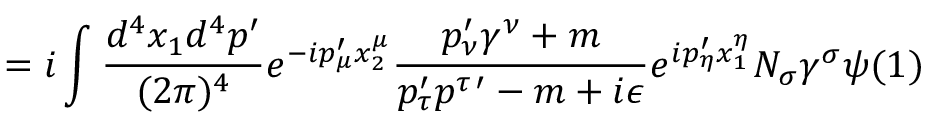
= i \int \frac { d ^ { 4 } x _ { 1 } d ^ { 4 } p ^ { \prime } } { ( 2 \pi ) ^ { 4 } } e ^ { - i p _ { \mu } ^ { \prime } x _ { 2 } ^ { \mu } } \frac { p _ { \nu } ^ { \prime } \gamma ^ { \nu } + m } { p _ { \tau } ^ { \prime } p ^ { \tau \, \prime } - m + i \epsilon } e ^ { i p _ { \eta } ^ { \prime } x _ { 1 } ^ { \eta } } N _ { \sigma } \gamma ^ { \sigma } \psi ( 1 )